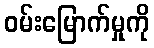
ဝမ်းမြောက်မှုကို